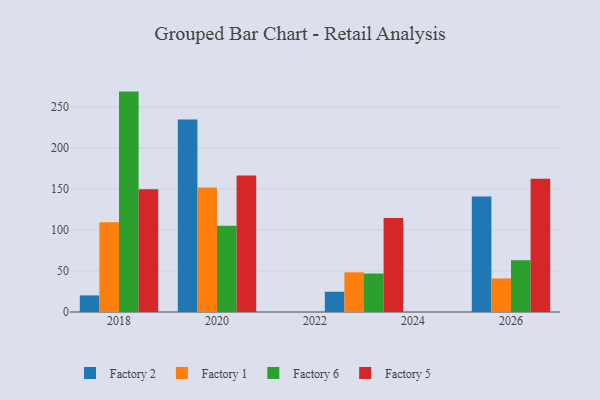
{"axis": {"x": "Year", "y": "Temperature (°C)"}, "legend": ["Factory 1", "Factory 2", "Factory 5", "Factory 6"], "data": [{"x": "2023", "y": 24.7, "type": "Factory 2"}, {"x": "2023", "y": 48.4, "type": "Factory 1"}, {"x": "2023", "y": 46.9, "type": "Factory 6"}, {"x": "2023", "y": 114.6, "type": "Factory 5"}, {"x": "2026", "y": 140.8, "type": "Factory 2"}, {"x": "2026", "y": 40.9, "type": "Factory 1"}, {"x": "2026", "y": 63.2, "type": "Factory 6"}, {"x": "2026", "y": 162.4, "type": "Factory 5"}, {"x": "2020", "y": 234.7, "type": "Factory 2"}, {"x": "2020", "y": 151.6, "type": "Factory 1"}, {"x": "2020", "y": 105.2, "type": "Factory 6"}, {"x": "2020", "y": 166.5, "type": "Factory 5"}, {"x": "2018", "y": 20.2, "type": "Factory 2"}, {"x": "2018", "y": 109.4, "type": "Factory 1"}, {"x": "2018", "y": 268.6, "type": "Factory 6"}, {"x": "2018", "y": 149.5, "type": "Factory 5"}]}